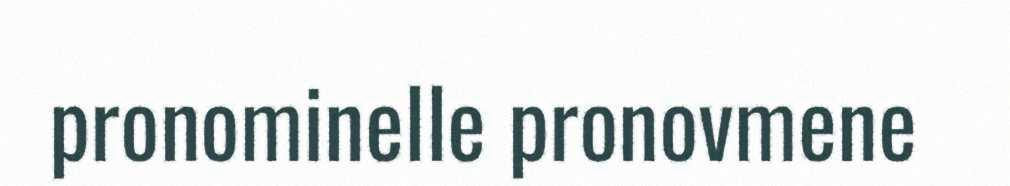
pronominelle pronovmene